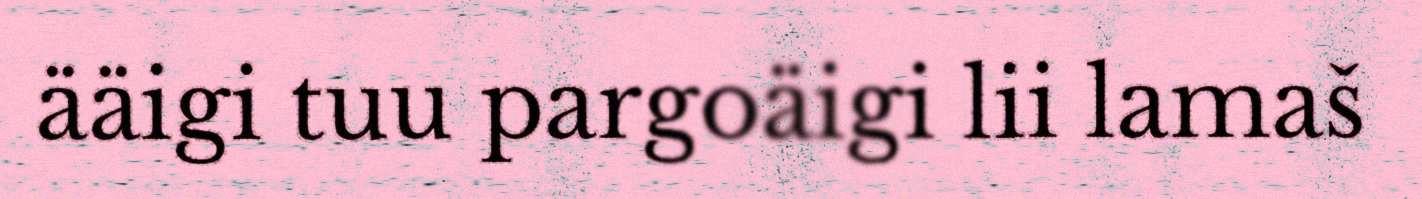
ääigi tuu pargoäigi lii lamaš